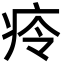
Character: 㾉